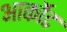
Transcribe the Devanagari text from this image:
आर्कोट